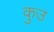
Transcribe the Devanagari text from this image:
कुउ